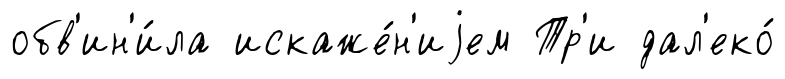
обв'ин'и́ла искаже́н'иjем Тр'и дал'еко́